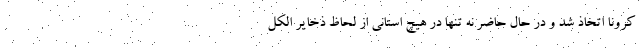
کرونا اتخاذ شد و در حال حاضر نه تنها در هیچ استانی از لحاظ ذخایر الکل